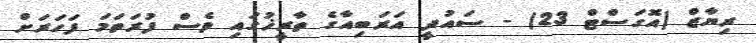
ރިޔާޒް (އޮގަސްޓް 23) - ސައުދީ އަރަބިއާގެ ތާރީޚުގައި ވެސް ފުރަތަމަ ފަހަރަށް